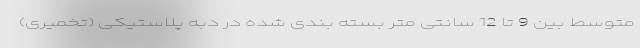
متوسط بین 9 تا 12 سانتی متر بسته بندی شده در دبه پلاستیکی (تخمیری)